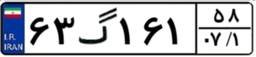
۶۳گ۱۶۱۵۸